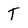
Character: t